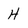
Character: H